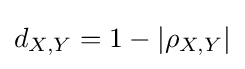
d_{X,Y}=1-|\rho _{X,Y}|